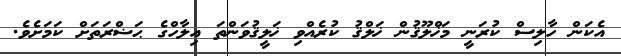
އެކަން ހާލިސް ކުރަނީ މަޚްލޫޤުން ޚަލްޤު ކުރެއްވި ޚަލީޤުވަންތަ އިލާހްގެ ޙަޟްރަތަށް ކަމަށެވެ.